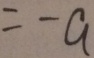
= - a